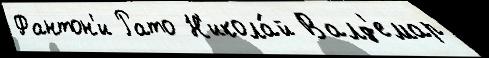
Фантон'и Рато Н'икола́й Валд'емар